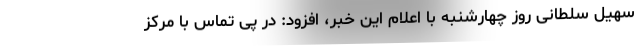
سهیل سلطانی روز چهارشنبه با اعلام این خبر، افزود: در پی تماس با مرکز